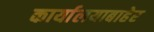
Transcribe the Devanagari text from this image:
कार्यालयाबाहेर